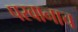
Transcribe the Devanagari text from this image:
परवानाच